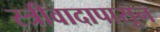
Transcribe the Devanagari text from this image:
स्त्रीवादापासून